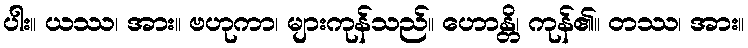
ပါး။ ယဿ၊ အား။ ဗဟုကာ၊ များကုန်သည်။ ဟောန္တိ၊ ကုန်၏။ တဿ၊ အား။